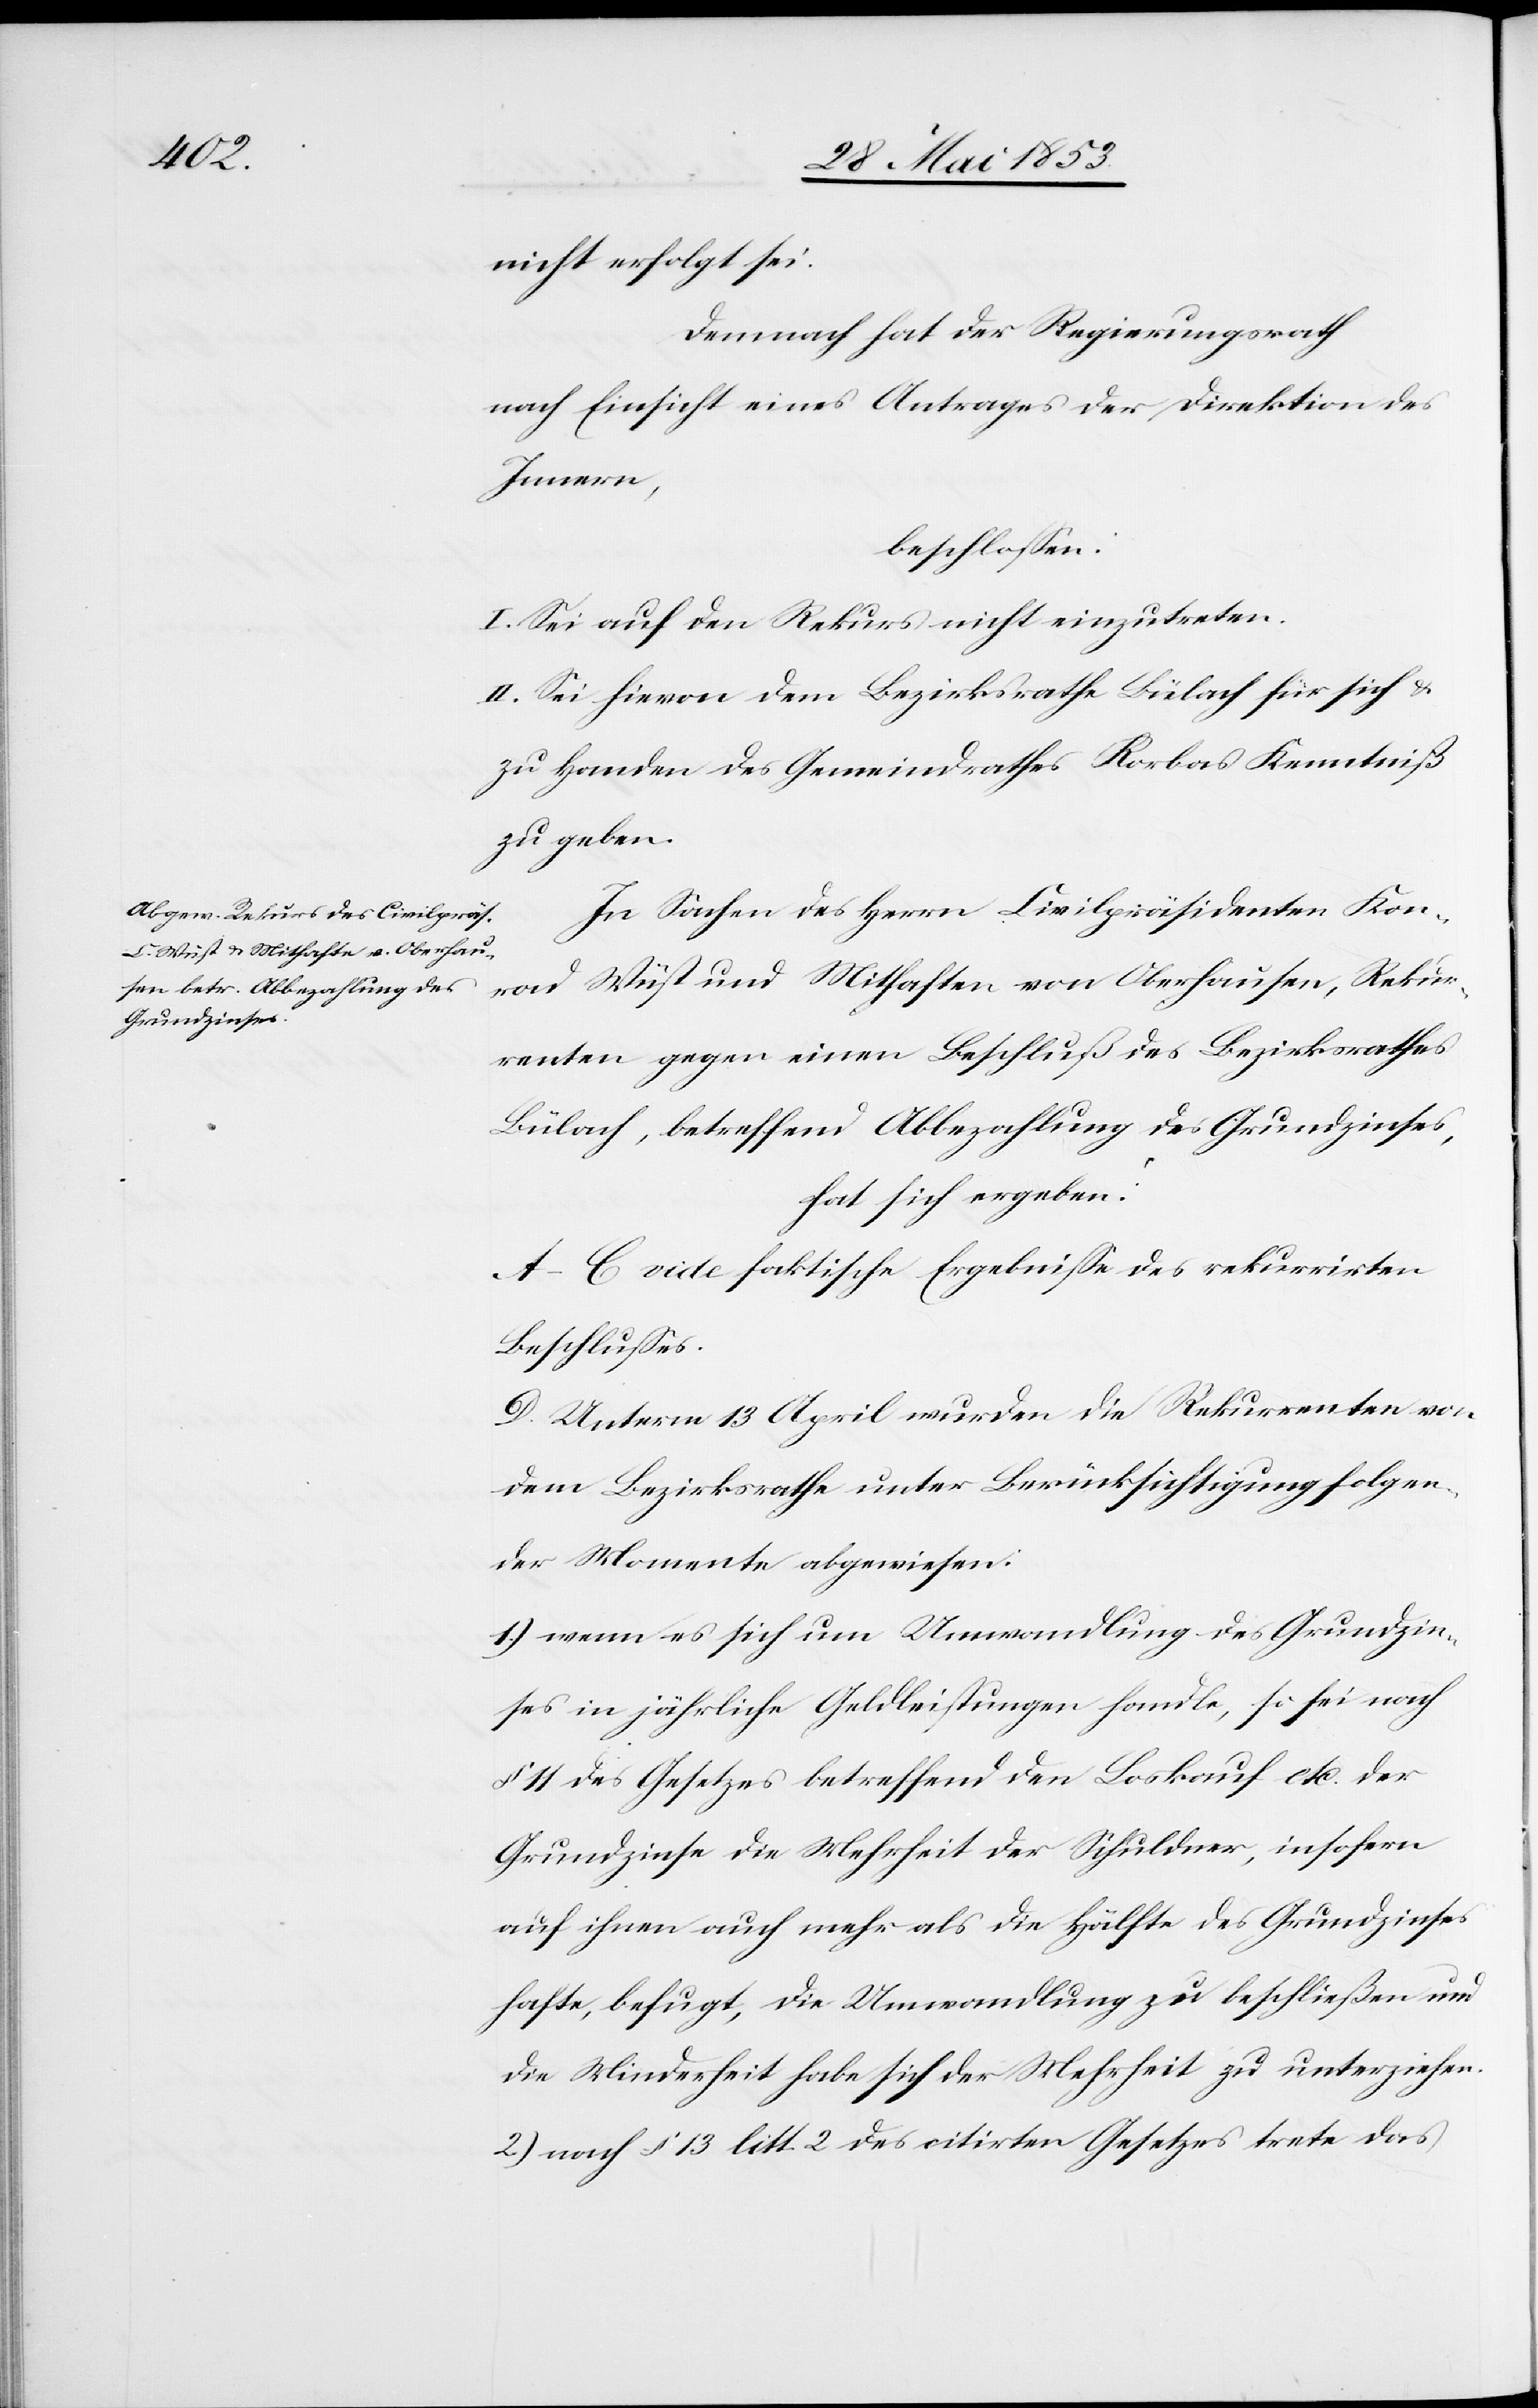
nicht erfolgt sei.
Demnach hat der Regierungsrath
nach Einsicht eines Antrages der Direktion des
Innern,
beschloßen:
I. Sei auf den Rekurs nicht einzutreten.
II. Sei hievon dem Bezirksrathe Bülach für sich u.
zu Handen des Gemeindrathes Rorbas Kenntniß
zu geben.
In Sachen des Herrn Civilpräsidenten Kon¬
rad Wüst und Mithaften von Oberhausen, Rekur¬
renten gegen einen Beschluß des Bezirksrathes
Bülach, betreffend Abbezahlung des Grundzinses,
hat sich ergeben:
A–C. vide faktische Ergebniße des rekurrirten
Beschlußes.
D. Unterm 13 April wurden die Rekurrenten von
dem Bezirksrathe unter Berücksichtigung folgen¬
der Momente abgewiesen:
1.) wenn es sich um Umwandlung des Grundzin¬
ses in jährliche Geldleistungen handle, so sei nach
§ 11 des Gesetzes betreffend den Loskauf etc. der
Grundzinse die Mehrheit der Schuldner, insofern
auf ihnen auch mehr als die Hälfte des Grundzinses
hafte, befugt, die Umwandlung zu beschließen und
die Minderheit habe sich der Mehrheit zu unterziehen.
2) nach § 13 litt. 2 des citirten Gesetzes trete das